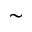
\sim